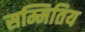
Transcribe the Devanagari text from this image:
सम्मितिय